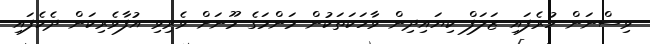
ވިސްނަން ހުރެފައި ޒަލަފް ކިޔައިދިން ވާހަކަތަކުން މަންމަގެ މޫނަށް ވެރިވި އުފާވެރިކަން ދެކެފައި